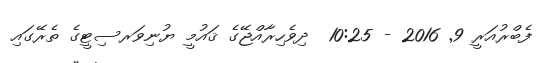
ފެބްރުއަރީ 9